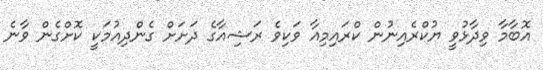
އޮބާމާ ވިދާޅުވީ ޔުކްރެއިނުން ކްރައިމިއާ ވަކިވެ ރަޝިއާގެ ދަށަށް ގެންދިއުމަކީ ކޮށްގެން ވާނެ